Scottish Certificate of Education, 1962
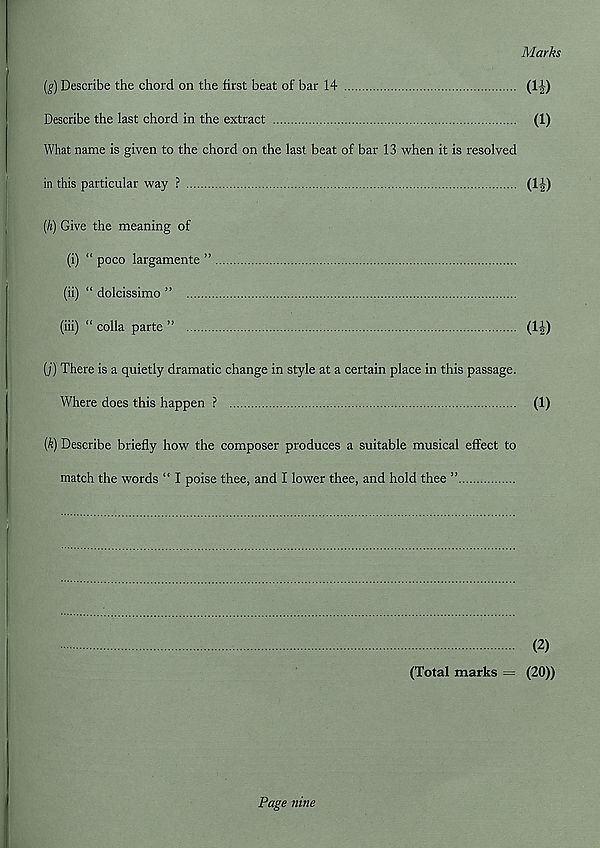
Marks
(g) Describe the chord on the first beat of bar 14
(1|)
Describe the last chord in the extract
(1)
What name is given to the chord on the last beat of bar 13 when it is resolved
in this particular way ?
(If)
(h) Give the meaning of
(i) “ poco largamente ”
(ii) “ dolcissimo ”
(iii) “ colla parte ”
(1|)
(j) There is a quietly dramatic change in style at a certain place in this passage.
Where does this happen ?
(1)
{k) Describe briefly how the composer produces a suitable musical effect to
match the words “ I poise thee, and I lower thee, and hold thee ”
(2)
(Total marks = (20))
Page nine